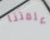
علمتنا